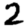
Digit: 2